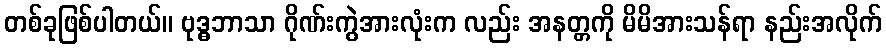
တစ်ခုဖြစ်ပါတယ်။ ဗုဒ္ဓဘာသာ ဂိုဏ်းကွဲအားလုံးက လည်း အနတ္တကို မိမိအားသန်ရာ နည်းအလိုက်